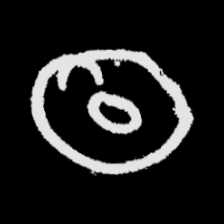
Pyu character \u2014 Myanmar letter: ထ (romanized: tha)